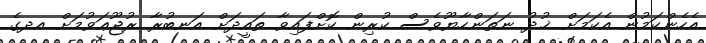
އެހެންކަމުން އެކަމަށް ޚުދު ނަތަންހާޔޫވެސް ކުރިން ކޮށްފައިވާ ތައީދަށް އަނބުރާ ރުޖޫޢަވުމަށް އދގެ